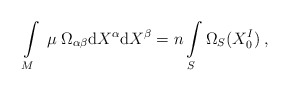
\begin{align*}\int\limits_{M}\;\mu\;\Omega_{\alpha\beta}{\rm d}X^{\alpha}{\rm d}X^{\beta}=n\int\limits_{S}\Omega_{S}(X^I_0)\;,\end{align*}